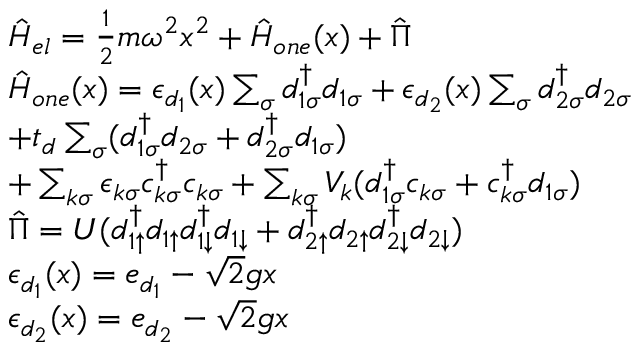
\begin{array} { r l } & { \hat { H } _ { e l } = \frac { 1 } { 2 } m \omega ^ { 2 } x ^ { 2 } + \hat { H } _ { o n e } ( x ) + \hat { \Pi } } \\ & { \hat { H } _ { o n e } ( x ) = \epsilon _ { d _ { 1 } } ( x ) \sum _ { \sigma } d _ { 1 \sigma } ^ { \dagger } d _ { 1 \sigma } + \epsilon _ { d _ { 2 } } ( x ) \sum _ { \sigma } d _ { 2 \sigma } ^ { \dagger } d _ { 2 \sigma } } \\ & { + t _ { d } \sum _ { \sigma } ( d _ { 1 \sigma } ^ { \dagger } d _ { 2 \sigma } + d _ { 2 \sigma } ^ { \dagger } d _ { 1 \sigma } ) } \\ & { + \sum _ { k \sigma } \epsilon _ { k \sigma } c _ { k \sigma } ^ { \dagger } c _ { k \sigma } + \sum _ { k \sigma } V _ { k } ( d _ { 1 \sigma } ^ { \dagger } c _ { k \sigma } + c _ { k \sigma } ^ { \dagger } d _ { 1 \sigma } ) } \\ & { \hat { \Pi } = U ( d _ { 1 \uparrow } ^ { \dagger } d _ { 1 \uparrow } d _ { 1 \downarrow } ^ { \dagger } d _ { 1 \downarrow } + d _ { 2 \uparrow } ^ { \dagger } d _ { 2 \uparrow } d _ { 2 \downarrow } ^ { \dagger } d _ { 2 \downarrow } ) } \\ & { \epsilon _ { d _ { 1 } } ( x ) = e _ { d _ { 1 } } - \sqrt { 2 } g x } \\ & { \epsilon _ { d _ { 2 } } ( x ) = e _ { d _ { 2 } } - \sqrt { 2 } g x } \end{array}